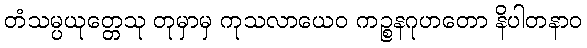
တံသမ္ပယုတ္တေသု တုမှာမှ ကုသလာယေဝ ကဉ္စနဂုဟတော နိပါတနာဝ